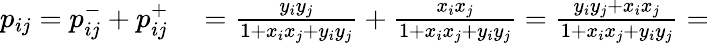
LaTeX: \begin{array}{rl}{p_{ij}=p_{ij}^{-}+p_{ij}^{+}}&{{}=\frac{y_{i}y_{j}}{1+x_{i}x_{j}+y_{i}y_{j}}+\frac{x_{i}x_{j}}{1+x_{i}x_{j}+y_{i}y_{j}}=\frac{y_{i}y_{j}+x_{i}x_{j}}{1+x_{i}x_{j}+y_{i}y_{j}}=}\end{array}